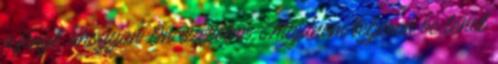
a fényt, ahogyan Ön szeretné. Majdnem teljesen be lehet